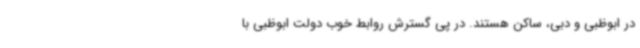
در ابوظبی و دبی، ساکن هستند. در پی گسترش روابط خوب دولت ابوظبی با